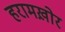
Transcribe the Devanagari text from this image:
हरामख़ोर